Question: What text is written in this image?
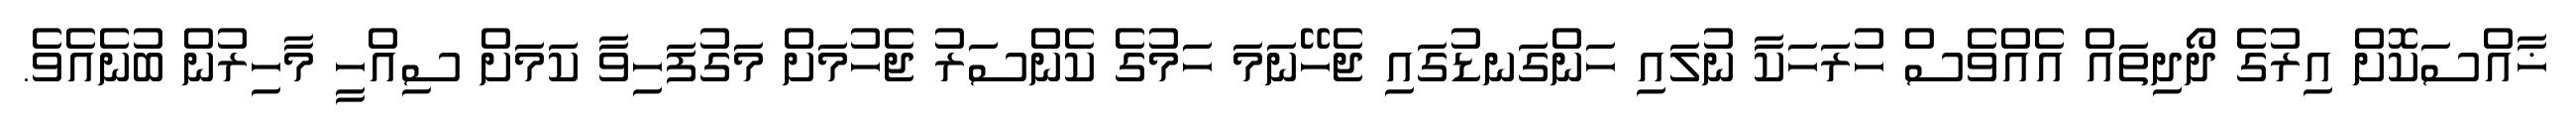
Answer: ޚާއްސަކޮށް އިރުގެ ދޯދިތައް އެއްވެސް ހުރަހަކާ ނުލައި ހަންގަނޑުގައި ޖެހޭނަމަ ހަމުގެ ކެންސަރު ޖެހުމަށް މަގުފަހިވާ ކަމަށް ސިއްހީ މާހިރުން ބުނެއެވެ.